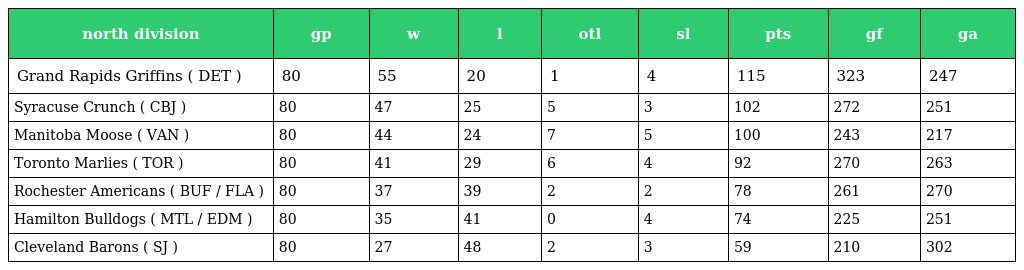
| north division | gp | w | l | otl | sl | pts | gf | ga |
 | --- | --- | --- | --- | --- | --- | --- | --- | --- |
 | Grand Rapids Griffins ( DET ) | 80 | 55 | 20 | 1 | 4 | 115 | 323 | 247 |
 | Syracuse Crunch ( CBJ ) | 80 | 47 | 25 | 5 | 3 | 102 | 272 | 251 |
 | Manitoba Moose ( VAN ) | 80 | 44 | 24 | 7 | 5 | 100 | 243 | 217 |
 | Toronto Marlies ( TOR ) | 80 | 41 | 29 | 6 | 4 | 92 | 270 | 263 |
 | Rochester Americans ( BUF / FLA ) | 80 | 37 | 39 | 2 | 2 | 78 | 261 | 270 |
 | Hamilton Bulldogs ( MTL / EDM ) | 80 | 35 | 41 | 0 | 4 | 74 | 225 | 251 |
 | Cleveland Barons ( SJ ) | 80 | 27 | 48 | 2 | 3 | 59 | 210 | 302 |